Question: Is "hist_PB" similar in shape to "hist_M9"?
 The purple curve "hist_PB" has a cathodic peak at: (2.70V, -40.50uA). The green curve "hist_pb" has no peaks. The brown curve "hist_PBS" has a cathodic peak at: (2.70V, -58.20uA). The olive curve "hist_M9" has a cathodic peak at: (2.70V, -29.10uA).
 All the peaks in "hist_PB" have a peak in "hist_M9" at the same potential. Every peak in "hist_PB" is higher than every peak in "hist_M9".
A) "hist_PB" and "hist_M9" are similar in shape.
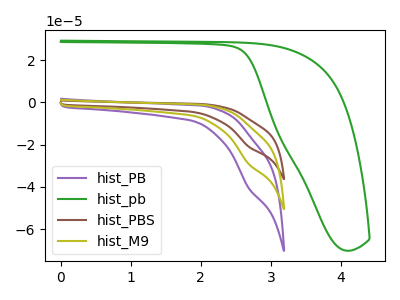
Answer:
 <answer>A) "hist_PB" and "hist_M9" are similar in shape.</answer>
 <eval>A</eval>